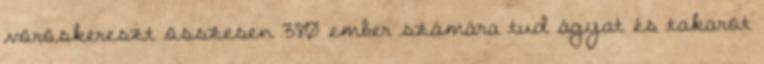
vöröskereszt összesen 380 ember számára tud ágyat és takarót